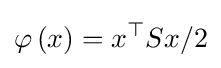
\varphi \left(x\right)=x^{\top }Sx/2